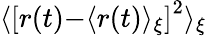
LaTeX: {\langle}\left[r(t){-}\langle r(t)\rangle_{\xi}\right]^{2}\rangle_{\xi}